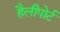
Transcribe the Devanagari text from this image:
हैलीपोर्ट